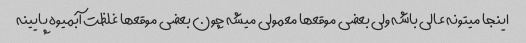
اینجا میتونه عالی باشه ولی بعضی موقعها معمولی میشه چون بعضی موقعها غلظت آبمیوه پایینه